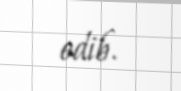
edib.